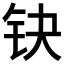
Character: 𰽤